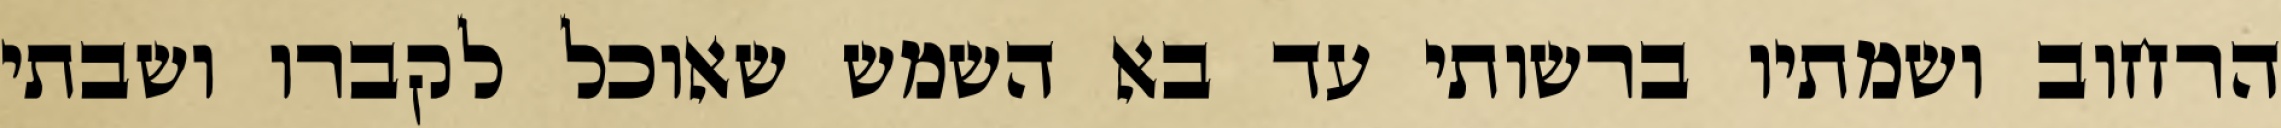
הרחוב ושמתיו ברשותי עד בא השמש שאוכל לקברו ושבתי